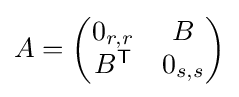
A={\begin{pmatrix}0_{r,r}&B\\B^{\mathsf {T}}&0_{s,s}\end{pmatrix}}